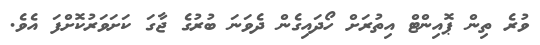
ވުރެ ތިން ޕޮއިންޓް އިތުރަށް ހޯދައިގެން ދެވަނަ ބުރުގެ ޖާގަ ކަށަވަރުކޮށްފަ އެވެ.